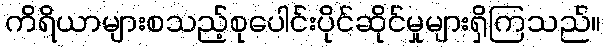
ကိရိယာများစသည့်စုပေါင်းပိုင်ဆိုင်မှုများရှိကြသည်။